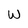
Character: W